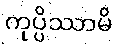
ကုပ္ပိဿာမိ